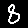
Digit: 8